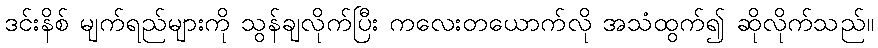
ဒင်းနိစ် မျက်ရည်များကို သွန်ချလိုက်ပြီး ကလေးတယောက်လို အသံထွက်၍ ဆိုလိုက်သည်။